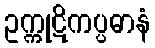
ဥက္ကုဋိကပ္ပဓာနံ